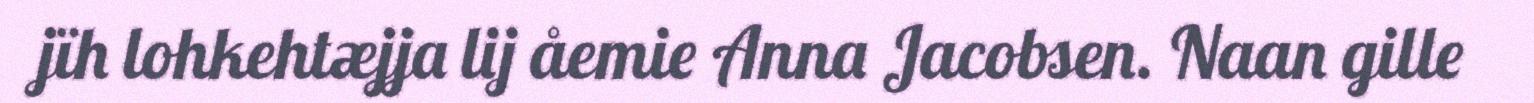
jïh lohkehtæjja lij åemie Anna Jacobsen. Naan gille